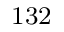
^ \mathrm { 1 3 2 }